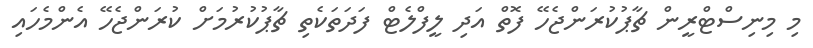
މި މިނިސްޓްރީން ޗާޕުކުރަންޖެހޭ ފޮތް އަދި ލީފްލެޓް ފަދަތަކެތި ޗާޕުކުރުމަށް ކުރަންޖެހޭ އެންމެހައި